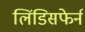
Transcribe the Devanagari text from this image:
लिंडिसफेर्न